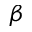
\boldsymbol { \beta }